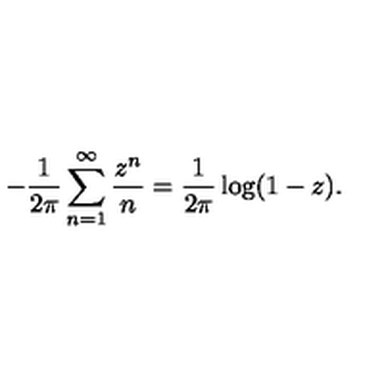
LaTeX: - \frac { 1 } { 2 \pi } \sum _ { n = 1 } ^ { \infty } \frac { z ^ { n } } { n } = \frac { 1 } { 2 \pi } \log ( 1 - z ) .